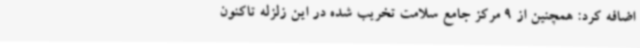
اضافه کرد: همچنین از 9 مرکز جامع سلامت تخریب شده در این زلزله تاکنون